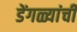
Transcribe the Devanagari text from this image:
डेंगळ्यांची